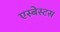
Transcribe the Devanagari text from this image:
एस्‍बेस्‍टस